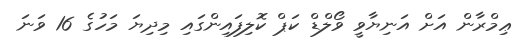
ޢިމްރާން އަށް އަނިޔާވީ ވޯލްޑް ކަޕް ކޮލިފައިންގައި މިދިޔަ މަހުގެ 16 ވަނަ